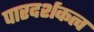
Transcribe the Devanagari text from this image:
पारदर्शकत्व